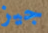
جيز